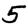
Digit: 5